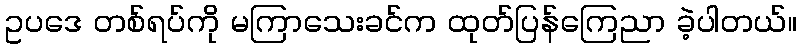
ဥပဒေ တစ်ရပ်ကို မကြာသေးခင်က ထုတ်ပြန်ကြေညာ ခဲ့ပါတယ်။